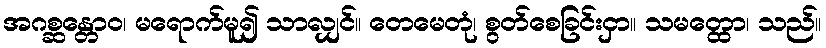
အဂစ္ဆန္တောဝ၊ မရောက်မူ၍ သာလျှင်။ တေမေတုံ၊ စွတ်စေခြင်းငှာ။ သမတ္ထော၊ သည်။